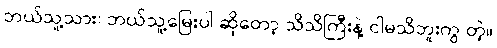
ဘယ်သူ့သား၊ ဘယ်သူ့မြေးပါ ဆိုတော့ သိသိကြီးနဲ့ ငါမသိဘူးကွ တဲ့။